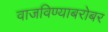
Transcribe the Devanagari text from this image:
वाजविण्याबरोबर